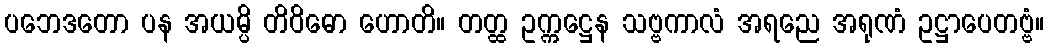
ပဘေဒတော ပန အယမ္ပိ တိဝိဓော ဟောတိ။ တတ္ထ ဥက္ကဋ္ဌေန သဗ္ဗကာလံ အရညေ အရုဏံ ဥဋ္ဌာပေတဗ္ဗံ။